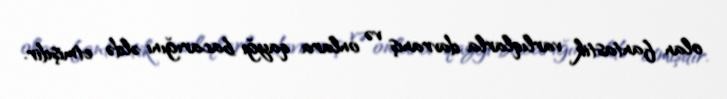
olan fantastik varlıqlarla davranış və onlara qayğı bacarığını əldə etmişdir.